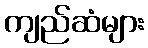
ကျည်ဆံများ